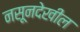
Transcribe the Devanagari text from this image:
नसूनदेखील